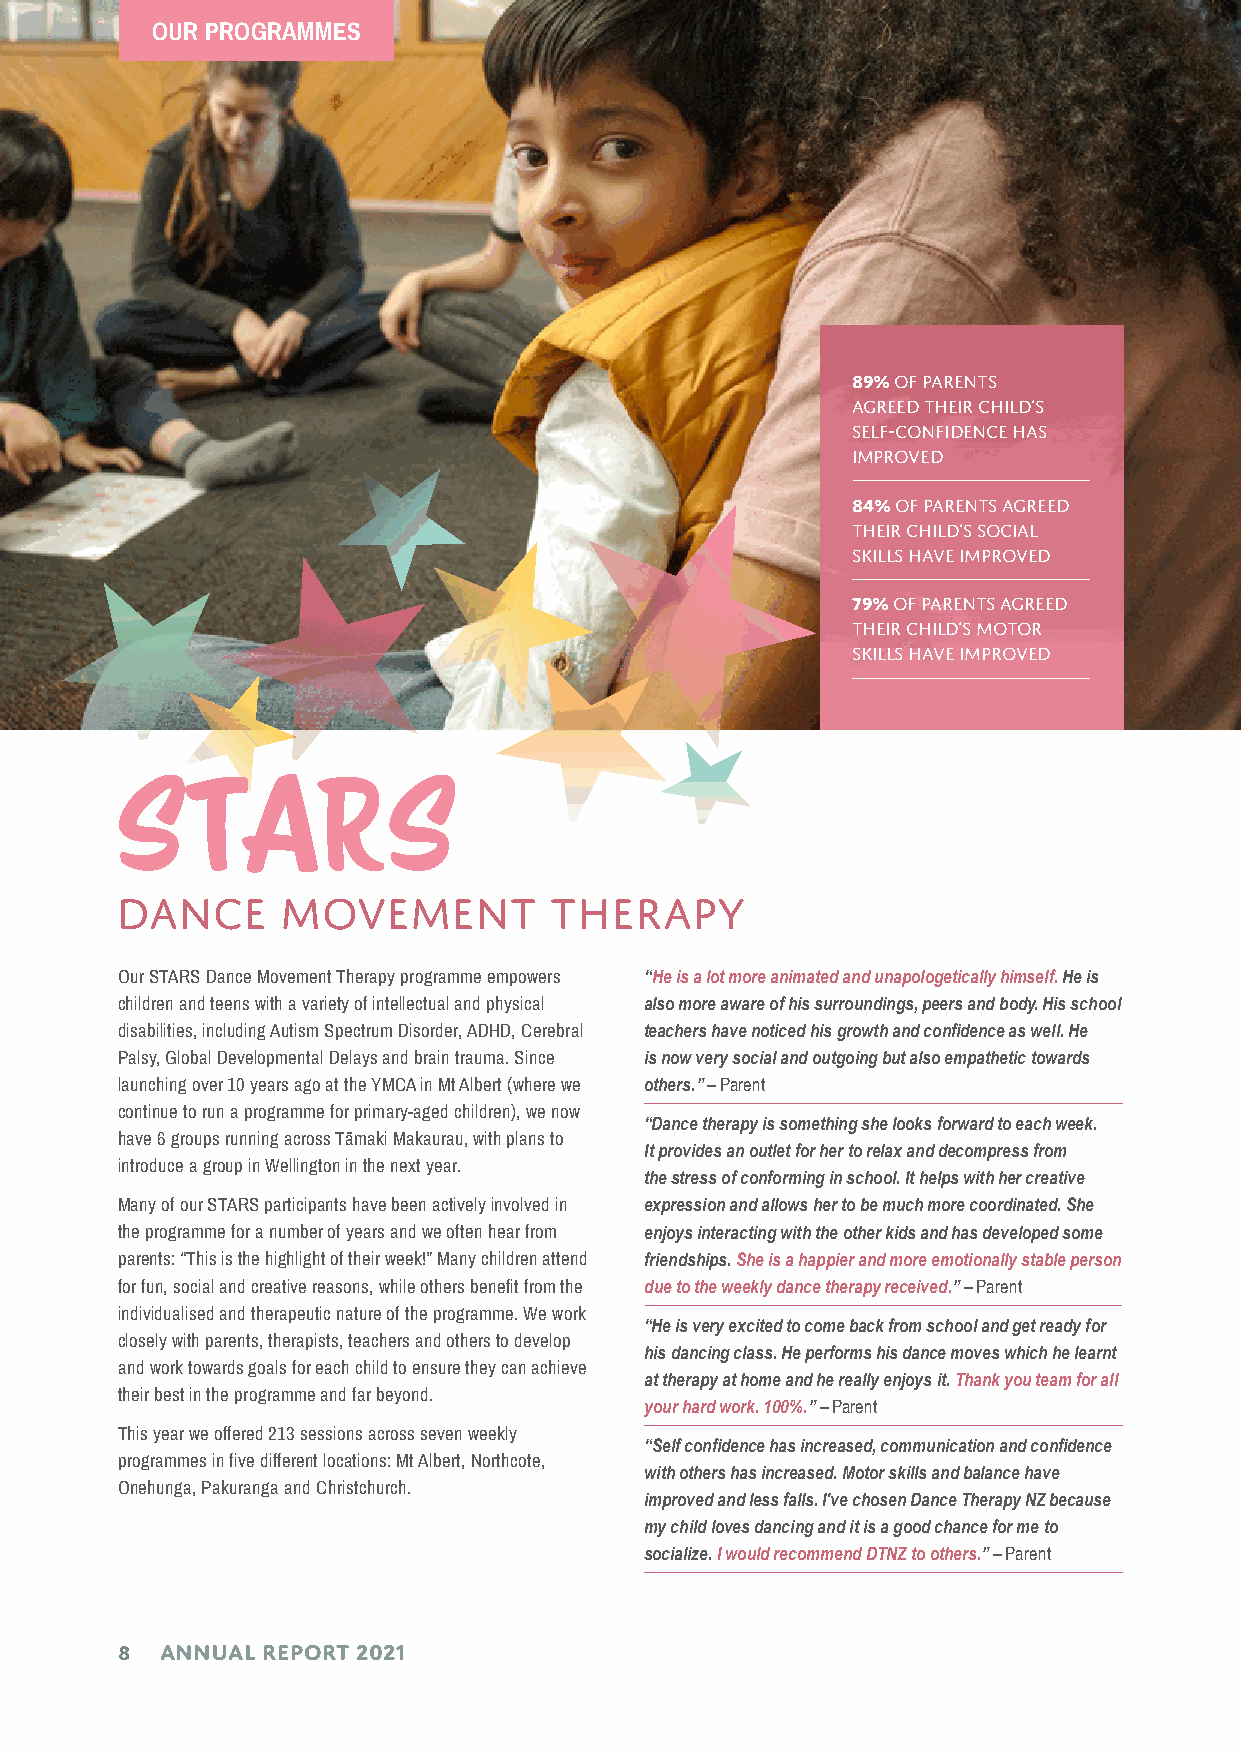
OUR PROGRAMMES
 89% of parents
 agreed their child’s
 self-confidence has
 improved
 84% of parents agreed
 their child’s social
 skills have improved
 79% of parents agreed
 their child’s motor
 skills have improved
 STARS
 Dance      Movement         Therapy
 Our STARS Dance Movement Therapy programme empowers “He is a lot more animated and unapologetically himself. He is
 children and teens with a variety of intellectual and physical also more aware of his surroundings, peers and body. His school
 disabilities, including Autism Spectrum Disorder, ADHD, Cerebral teachers have noticed his growth and confidence as well. He
 Palsy, Global Developmental Delays and brain trauma. Since is now very social and outgoing but also empathetic towards
 launching over 10 years ago at the YMCA in Mt Albert (where we others.” – Parent
 continue to run a programme for primary-aged children), we now
 “Dance therapy is something she looks forward to each week.
 have 6 groups running across Tāmaki Makaurau, with plans to
 It provides an outlet for her to relax and decompress from
 introduce a group in Wellington in the next year.
 the stress of conforming in school. It helps with her creative
 Many of our STARS participants have been actively involved in expression and allows her to be much more coordinated. She
 the programme for a number of years and we often hear from enjoys interacting with the other kids and has developed some
 parents: “This is the highlight of their week!” Many children attend friendships. She is a happier and more emotionally stable person
 for fun, social and creative reasons, while others benefit from the due to the weekly dance therapy received.” – Parent
 individualised and therapeutic nature of the programme. We work
 “He is very excited to come back from school and get ready for
 closely with parents, therapists, teachers and others to develop
 his dancing class. He performs his dance moves which he learnt
 and work towards goals for each child to ensure they can achieve
 at therapy at home and he really enjoys it. Thank you team for all
 their best in the programme and far beyond.
 your hard work. 100%.” – Parent
 This year we offered 213 sessions across seven weekly
 “Self confidence has increased, communication and confidence
 programmes in five different locations: Mt Albert, Northcote,
 with others has increased. Motor skills and balance have
 Onehunga, Pakuranga and Christchurch.
 improved and less falls. I've chosen Dance Therapy NZ because
 my child loves dancing and it is a good chance for me to
 socialize. I would recommend DTNZ to others.” – Parent
 8  annual report 2021